Report of the Indian Hemp Drugs Commission, 1894-1895 - Volume II
Year: 1894
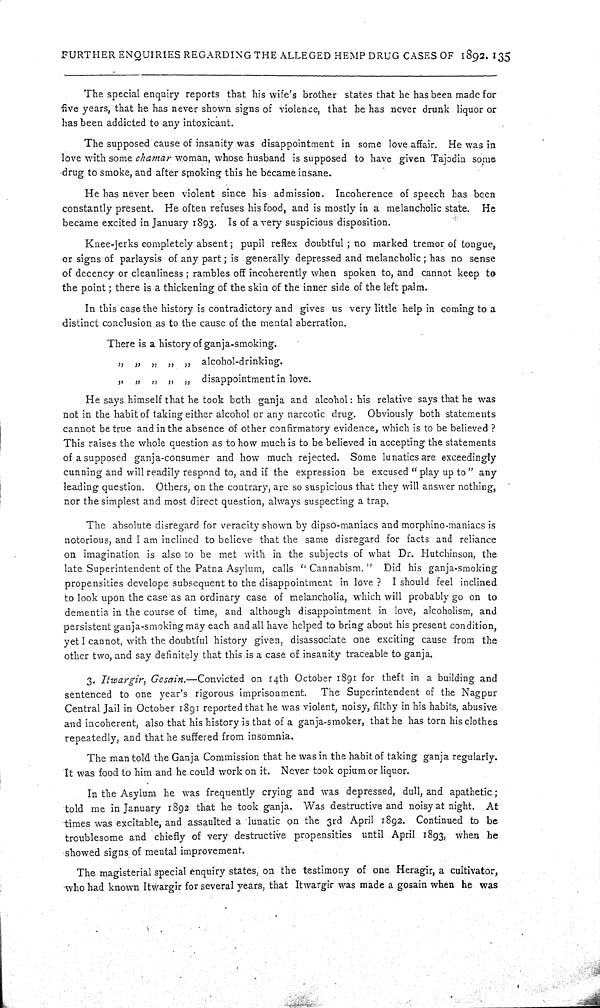
FURTHER ENQUIRIES REGARDING THE ALLEGED HEMP DRUG CASES OF 1892. 135
The special enquiry reports that his wife's brother states that he has been made for
five years, that he has never shown signs of violence, that he has never drunk liquor or
has been addicted to any intoxicant.
The supposed cause of insanity was disappointment in some love affair. He was in
love with some chamar woman, whose husband is supposed to have given Tajodin some
drug to smoke, and after smoking this he became insane.
He has never been violent since his admission. Incoherence of speech has been
constantly present. He often refuses his food, and is mostly in a melancholic state. He
became excited in January 1893. Is of a very suspicious disposition.
Knee-jerks completely absent; pupil reflex doubtful; no marked tremor of tongue,
or signs of parlaysis of any part; is generally depressed and melancholic; has no sense
of decency or cleanliness; rambles off incoherently when spoken to, and cannot keep to
the point; there is a thickening of the skin of the inner side of the left palm.
In this case the history is contradictory and gives us very little help in coming to a
distinct conclusion as to the cause of the mental aberration.
There is a history of ganja-smoking.
" " " " " alcohol-drinking.
" " " " " disappointment in love.
He says himself that he took both ganja and alcohol: his relative says that he was
not in the habit of taking either alcohol or any narcotic drug. Obviously both statements
cannot be true and in the absence of other confirmatory evidence, which is to be believed ?
This raises the whole question as to how much is to be believed in accepting the statements
of a supposed ganja-consumer and how much rejected. Some lunatics are exceedingly
cunning and will readily respond to, and if the expression be excused "play up to" any
leading question. Others, on the contrary, are so suspicious that they will answer nothing,
nor the simplest and most direct question, always suspecting a trap.
The absolute disregard for veracity shown by dipso-maniacs and morphino-maniacs is
notorious, and I am inclined to believe that the same disregard for facts and reliance
on imagination is also to be met with in the subjects of what Dr. Hutchinson, the
late Superintendent of the Patna Asylum, calls "Cannabism." Did his ganja-smoking
propensities develope subsequent to the disappointment in love ? I should feel inclined
to look upon the case as an ordinary case of melancholia, which will probably go on to
dementia in the course of time, and although disappointment in love, alcoholism, and
persistent ganja-smoking may each and all have helped to bring about his present condition,
yet I cannot, with the doubtful history given, disassociate one exciting cause from the
other two, and say definitely that this is a case of insanity traceable to ganja.
3. Itwargir, Gosain.—Convicted on 14th October 1891 for theft in a building and
sentenced to one year's rigorous imprisonment.
The Superintendent of the Nagpur
Central Jail in October 1891 reported that he was violent, noisy, filthy in his habits, abusive
and incoherent, also that his history is that of a ganja-smoker, that he has torn his clothes
repeatedly, and that he suffered from insomnia.
The man told the Ganja Commission that he was in the habit of taking ganja regularly.
It was food to him and he could work on it. Never took opium or liquor.
In the Asylum he was frequently crying and was depressed, dull, and apathetic;
told me in January 1892 that he took ganja. Was destructive and noisy at night. At
times was excitable, and assaulted a lunatic on the 3rd April 1892. Continued to be
troublesome and chiefly of very destructive propensities until April 1893, when he
showed signs of mental improvement.
The magisterial special enquiry states, on the testimony of one Heragir, a cultivator,
who had known Itwargir for several years, that Itwargir was made a gosain when he was